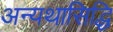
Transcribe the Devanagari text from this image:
अन्यथासिद्धि